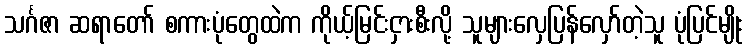
သင်္ဂဇာ ဆရာတော် စကားပုံတွေထဲက ကိုယ့်မြင်းငှားစီးလို့ သူများလှေပြန်လှော်တဲ့သူ ပုံပြင်မျိုး